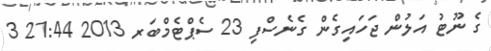
ގެ ނޫޓު އަލުން ޖަހައިގެން ގެނެސްފި 23 ސެޕްޓެމްބަރ 2013 21:44 3